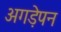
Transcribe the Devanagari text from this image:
अगड़ेपन